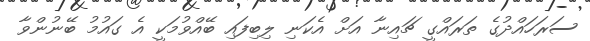
ސަރަހައްދުގެ ތަރައްގީ ޗައިނާ އަށް އެކަނި ލިބިފައި ބޭއްވުމަކީ އެ ގައުމު ބޭނުންވާ